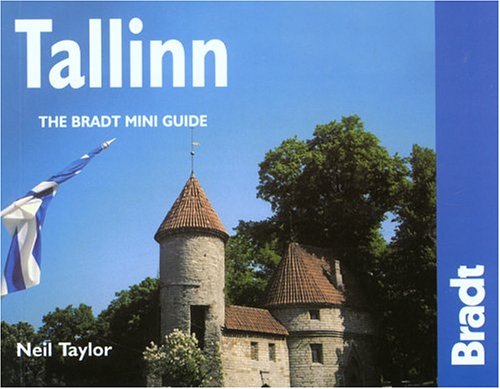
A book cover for Tallinn: The Bradt City Guide (Bradt Mini Guide); Neil Taylor; Travel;